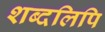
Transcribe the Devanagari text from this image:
शब्दलिपि